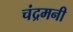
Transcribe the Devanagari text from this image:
चंद्रमनी